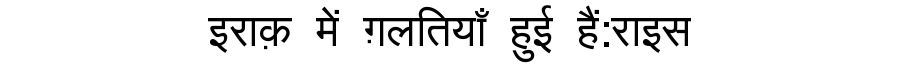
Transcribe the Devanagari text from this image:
इराक़ में ग़लतियाँ हुई हैं:राइस